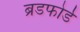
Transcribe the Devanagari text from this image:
ब्रडफोर्ड